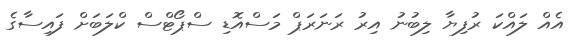
އެއް ލައްކަ ރުފިޔާ ލިބުނު އިރު ރަނަރަޕް މަސްއޮޑި ސްޕޯޓްސް ކްލަބަށް ފައިސާގެ